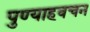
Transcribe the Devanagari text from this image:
पुण्याहवचन